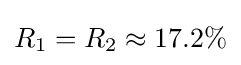
R_{1}=R_{2}\approx 17.2\%